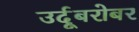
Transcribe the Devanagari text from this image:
उर्दूबरोबर